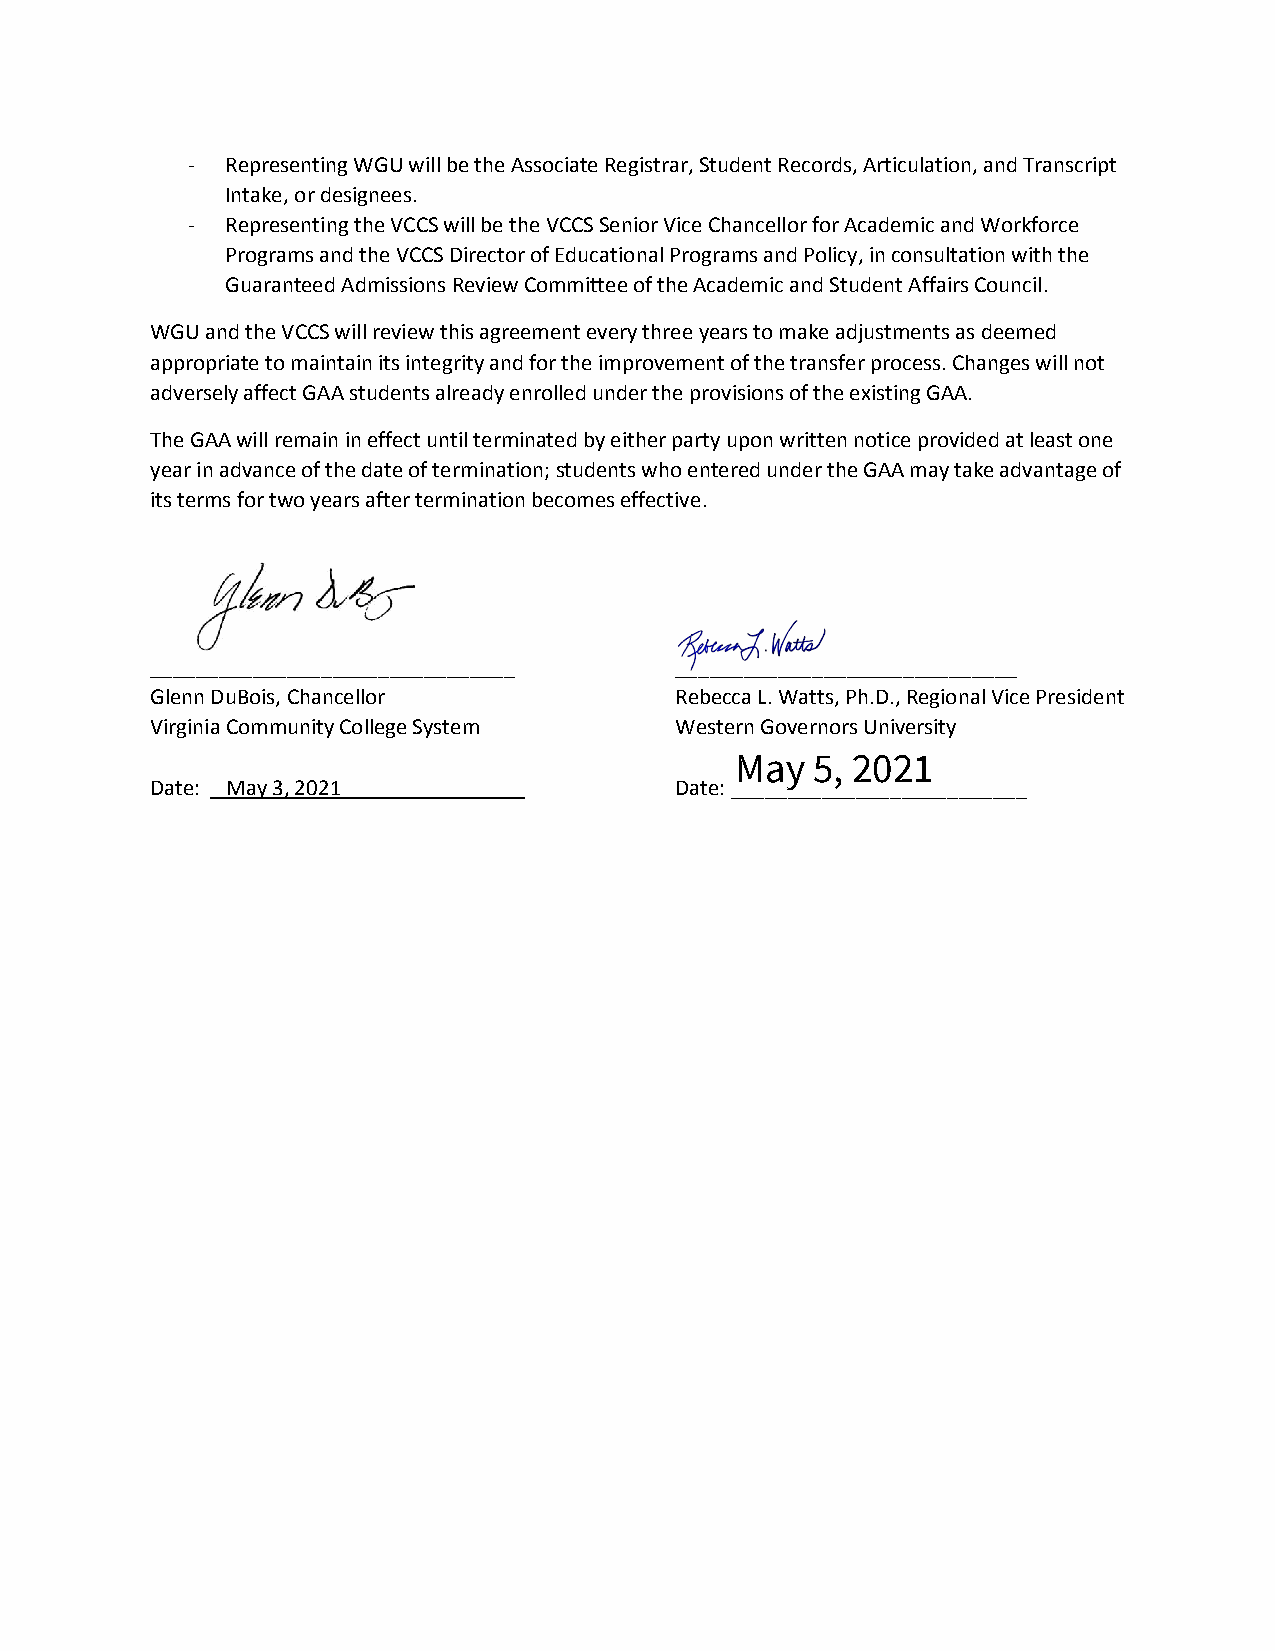
-  Representing WGU will be the Associate Registrar, Student Records, Articulation, and Transcript
 Intake, or designees.
 -  Representing the VCCS will be the VCCS Senior Vice Chancellor for Academic and Workforce
 Programs and the VCCS Director of Educational Programs and Policy, in consultation with the
 Guaranteed Admissions Review Committee of the Academic and Student Affairs Council.
 WGU and the VCCS will review this agreement every three years to make adjustments as deemed
 appropriate to maintain its integrity and for the improvement of the transfer process. Changes will not
 adversely affect GAA students already enrolled under the provisions of the existing GAA.
 The GAA will remain in effect until terminated by either party upon written notice provided at least one
 year in advance of the date of termination; students who entered under the GAA may take advantage of
 its terms for two years after termination becomes effective.
 ________________________________   ______________________________
 Glenn DuBois, Chancellor           Rebecca L. Watts, Ph.D., Regional Vice President
 Virginia Community College System  Western Governors University
 May  5, 2021
 Date: May 3, 2021                  Date: __________________________